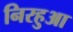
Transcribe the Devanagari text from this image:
निरहुआ